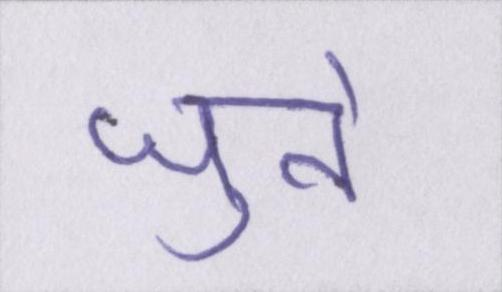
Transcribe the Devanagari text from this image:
जुते